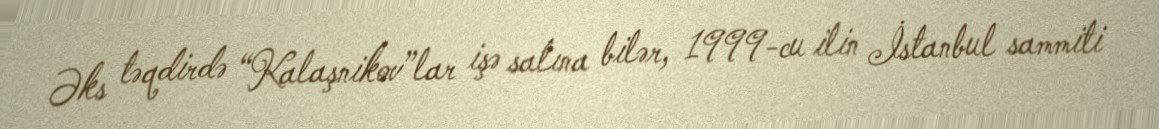
Əks təqdirdə “Kalaşnikov”lar işə salına bilər, 1999-cu ilin İstanbul sammiti